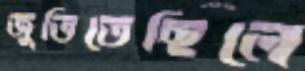
জুতিতেছিলে